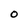
Character: O